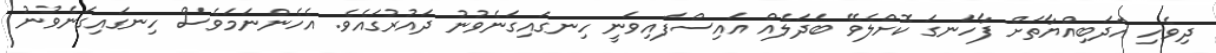
ދިވެހި އަދަބިއްޔާތަށް ފާހަނގަ ކޮށްލެވޭ ބަދަލެއް އައިސްފައިވަނީ ހިނގައިގަނެވުނު ދައުރުގައެވެ. އެހެންނަމަވެސް ހިނގައިގަނެވުނު